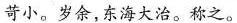
苛小。岁余，东海大治。称之。